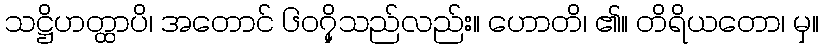
သဋ္ဌိဟတ္ထာပိ၊ အတောင် ၆၀၇ှိသည်လည်း။ ဟောတိ၊ ၏။ တိရိယတော၊ မှ။